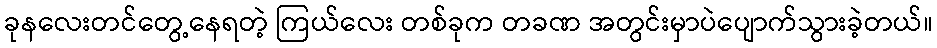
ခုနလေးတင်တွေ့နေရတဲ့ ကြယ်လေး တစ်ခုက တခဏ အတွင်းမှာပဲပျောက်သွားခဲ့တယ်။